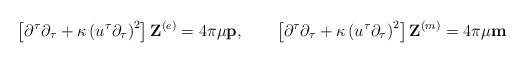
LaTeX: \begin{align*}\left[ \partial^{\tau}\partial_{\tau}+\kappa\left( u^{\tau}\partial_{\tau}\right) ^{2}\right] \mathbf{Z}^{\left( e\right) }=4\pi\mu\mathbf{p},\qquad\left[ \partial^{\tau}\partial_{\tau}+\kappa\left( u^{\tau}\partial_{\tau}\right) ^{2}\right] \mathbf{Z}^{\left( m\right) }=4\pi\mu\mathbf{m} \end{align*}